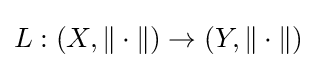
L:(X,\|\cdot \|)\to (Y,\|\cdot \|)